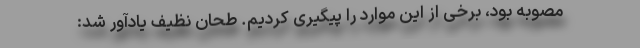
مصوبه بود، برخی از این موارد را پیگیری کردیم. طحان نظیف یادآور شد: